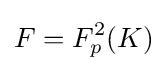
F=F_{p}^{2}(K)